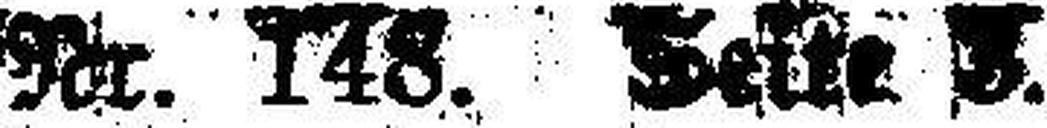
Nr. 148. Seite ###.